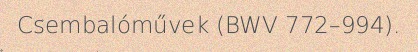
Csembalóművek (BWV 772–994).